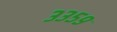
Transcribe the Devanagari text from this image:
३३५९